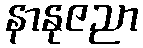
နာနုဇညာ